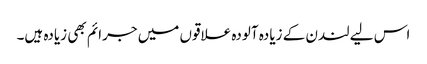
اس لیے لندن کے زیادہ آلودہ علاقوں میں جرائم بھی زیادہ ہیں۔